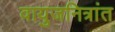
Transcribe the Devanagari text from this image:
वायुजनित्रांत